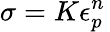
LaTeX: \sigma=K\epsilon_{p}^{n}\,